Scottish Leaving Certificate Examination, 1958
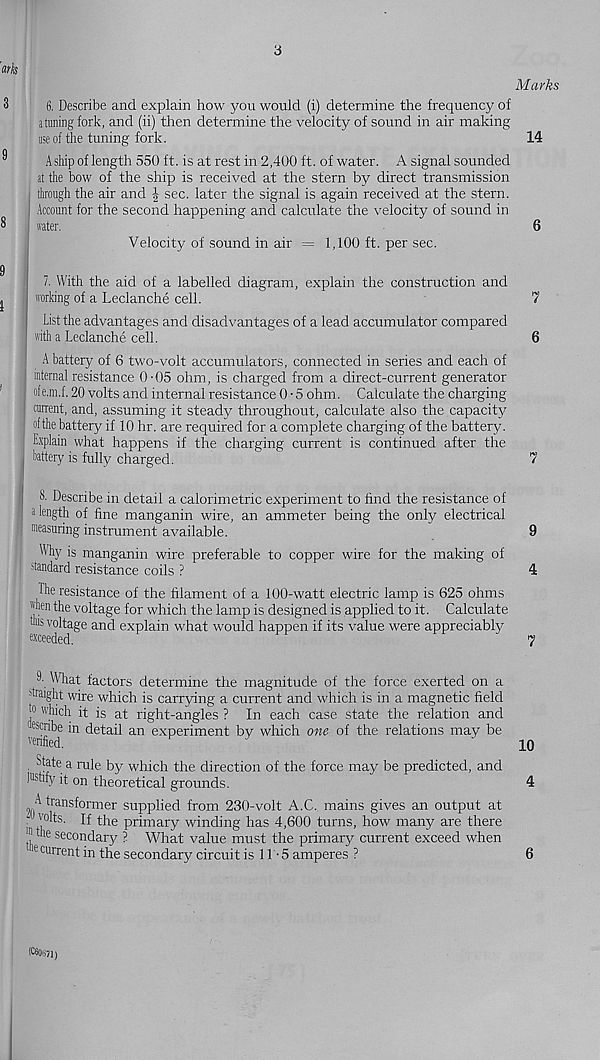
6. Describe and explain how you would (i) determine the frequency of
atoning fork, and (ii) then determine the velocity of sound in air making
use of the tuning fork.
A ship of length 550 ft. is at rest in 2,400 ft. of water. A signal sounded
at the bow of the ship is received at the stern by direct transmission
though the air and | sec. later the signal is again received at the stern.
Account for the second happening and calculate the velocity of sound in
i water.
Velocity of sound in air = 1,100 ft. per sec.
1. With the aid of a labelled diagram, explain the construction and
| working of a Leclanche cell.
List the advantages and disadvantages of a lead accumulator compared
with a Leclanche cell.
A battery of 6 two-volt accumulators, connected in series and each of
internal resistance O'05 ohm, is charged from a direct-current generator
| ofe.m.f. 20 volts and internal resistance 0 • 5 ohm. Calculate the charging
current, and, assuming it steady throughout, calculate also the capacity
I ofthe battery if 10 hr. are required for a complete charging of the battery.
Explain what happens if the charging current is continued after the
battery is fully charged.
8- Describe in detail a calorimetric experiment to find the resistance of
a length of fine manganin wire, an ammeter being the only electrical
I measuring instrument available.
Why is manganin wire preferable to copper wire for the making of
standard resistance coils ?
the resistance of the filament of a 100-watt electric lamp is 625 ohms
"hen the voltage for which the lamp is designed is applied to it. Calculate
this voltage and explain what would happen if its value were appreciably
exceeded.
!h What factors determine the magnitude of the force exerted on a
straight wire which is carrying a current and which is in a magnetic field
10 which it is at right-angles ? In each case state the relation and
"Cfuf * n
an ex P er i men t by which one of the relations may be
State a rule by which the direction of the force may be predicted, and
)ustlf y ^ °n theoretical grounds.
A transformer supplied from 230-volt A.C. mains gives an output at
- volts. If the primary winding has 4,600 turns, how many are there
“! 16 secondary ? What value must the primary current exceed when
' le curr ent in the secondary circuit is 11-5 amperes ?